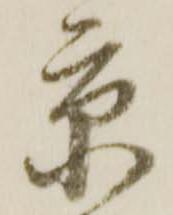
京